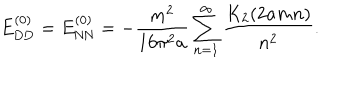
E _ { \mathrm { D D } } ^ { ( 0 ) } = E _ { \mathrm { N N } } ^ { ( 0 ) } = - \frac { m ^ { 2 } } { 1 6 \pi ^ { 2 } a } \sum _ { n = 1 } ^ { \infty } \frac { K _ { 2 } ( 2 a m n ) } { n ^ { 2 } } .